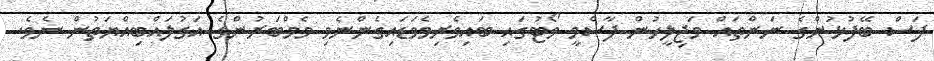
ފަސް ބޭފުޅުންގެ ނަންތައް މަޖިލީހުން ފާސްވީ ވޯޓުގައި ބައިވެރިވެވަޑައިގެންނެވި މެމްބަރުންގެ އަގުލައްބިއްޔަތުން ނެވެ.